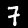
Digit: 7